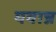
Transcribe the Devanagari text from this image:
यवान्न